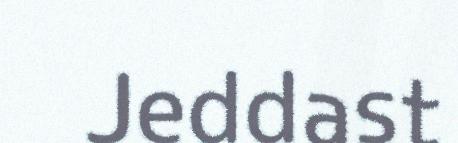
Jeddast